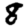
Digit: 8